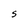
Character: S